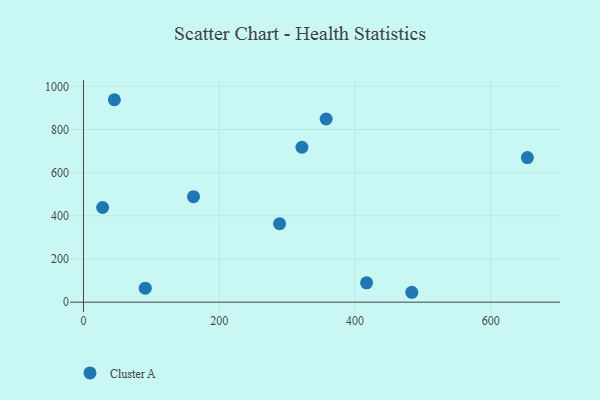
{"axis": {"x": "Distance", "y": "Demand"}, "legend": ["Cluster A"], "data": [{"x": "162.1", "y": 488.7, "type": "Cluster A"}, {"x": "288.9", "y": 363.7, "type": "Cluster A"}, {"x": "417.1", "y": 89.6, "type": "Cluster A"}, {"x": "654.0", "y": 670.1, "type": "Cluster A"}, {"x": "357.5", "y": 848.5, "type": "Cluster A"}, {"x": "321.8", "y": 717.8, "type": "Cluster A"}, {"x": "45.5", "y": 937.9, "type": "Cluster A"}, {"x": "483.7", "y": 45.8, "type": "Cluster A"}, {"x": "91.0", "y": 65.0, "type": "Cluster A"}, {"x": "28.2", "y": 438.6, "type": "Cluster A"}]}